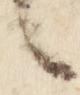
言